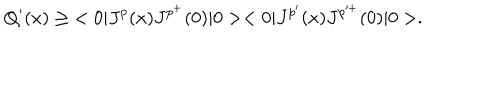
Q ^ { \prime } ( x ) \geq \; < 0 | J ^ { p } ( x ) J ^ { p ^ { + } } ( 0 ) | 0 > < 0 | J ^ { p ^ { \prime } } ( x ) J ^ { p ^ { + } } ( 0 ) | 0 > .